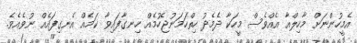
އެމީހުންނަށް މާހިލްއާ އެއްވެސް މީހަކާ ދެމެދު ހިތްހަމަނުޖެހުމެއް ހިނގާފައިވާ ކަމެއް އެނގިފައެއް ނުވެއެވެ.